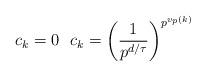
LaTeX: \begin{align*}c_k=0\ \ c_k=\left(\frac{1}{p^{d/\tau}}\right)^{p^{v_p(k)}}\ \end{align*}